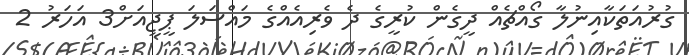
ގުރުއަތަކާއިނުލާ ގޯއްޗެއް ދީގެން ކުރީގެ ދެ ވެރިއެއްގެ މައްސަލަ ޕީޖީއަށް3 އަހަރު 2